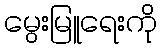
မွေးမြူရေးကို